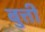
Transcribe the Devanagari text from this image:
बुत्ती